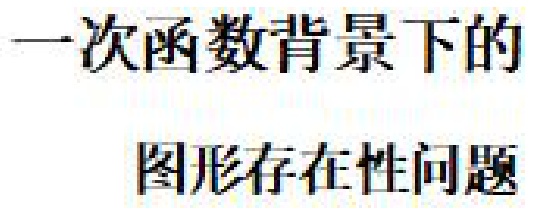
一次函数背景下的\\图形存在性问题